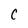
Character: C